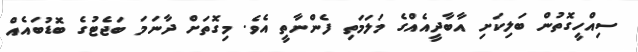
ސިއްހީގޮތުން ބަލިކަށި އާބާދީއެއްގެ މަލަމަތި ފެންނާތީ އެވެ. މިގޮތަށް ދާނަމަ ބަޖެޓުގެ ބޮޑުބައެއް